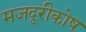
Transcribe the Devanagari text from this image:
मजदूरीकोष